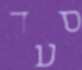
סעד